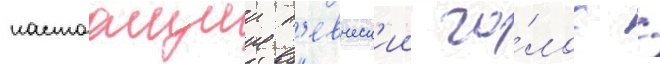
настоащии п'евческ'ии го́лос /